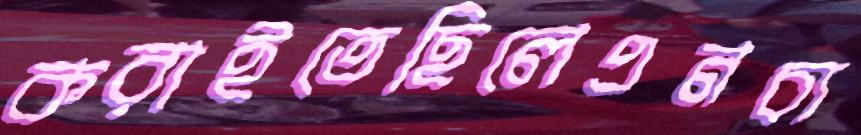
করাইতেছিলেএনচ্য